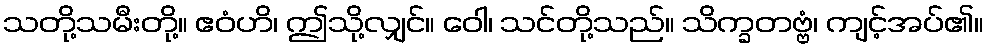
သတို့သမီးတို့။ ဧဝံဟိ၊ ဤသို့လျှင်။ ဝေါ၊ သင်တို့သည်။ သိက္ခတဗ္ဗံ၊ ကျင့်အပ်၏။